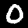
Digit: 0